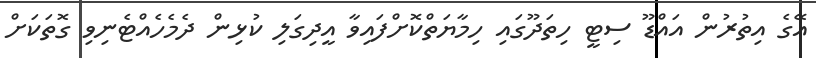
އޭގެ އިތުރުން އައްޑޫ ސިޓީ ހިތަދޫގައި ހިމާޔަތްކޮށްފައިވާ އީދިގަލި ކުޅިން ދެމެހެއްޓެނިވި ގޮތަކަށް